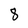
Character: 8